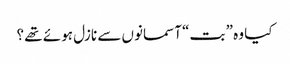
کیا وہ ” بت“ آسمانوں سے نازل ہوئے تھے ؟